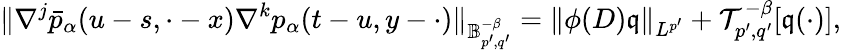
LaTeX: \Vert\nabla^{j}\bar{p}_{\alpha}(u-s,\cdot-x)\nabla^{k}p_{\alpha}(t-u,y-\cdot)\Vert_{\mathbb{B}_{p^{\prime},q^{\prime}}^{-\beta}}=\Vert\phi(D)\mathfrak{q}\Vert_{L^{p^{\prime}}}+\mathcal{T}_{p^{\prime},q^{\prime}}^{-\beta}[\mathfrak{q}(\cdot)],